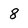
Character: 8